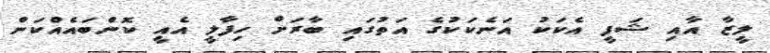
ލީޒާ އާއި ޝަފީ އެކަކު އަނެކަކުގެ އަތުގައި ބާރަށް ހިފާލީ އެއީ ކޮންބައެއްކަން